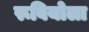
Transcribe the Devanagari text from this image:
रूबियोला